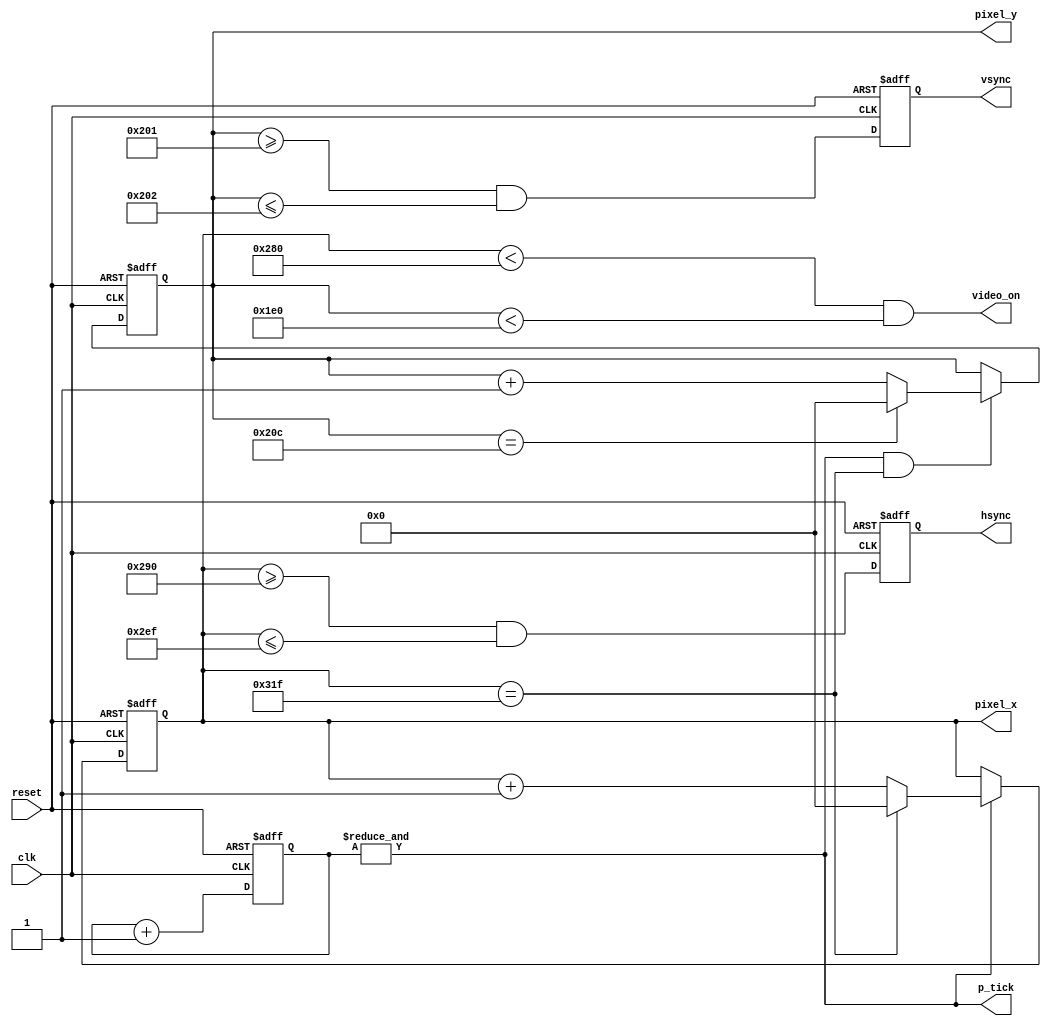
module vga_sync(
input clk, reset,
output wire hsync, vsync, video_on, p_tick,
output wire [9:0] pixel_x, pixel_y);

// constant decleration
// VGA 640-by-480 sync parameters
localparam HD = 640; // horizontal display area
localparam HF = 48; // h . front (left) border
localparam HB = 16; // h . back (right) border
localparam HR = 96; // h . retrace
localparam VD = 480; // vertical display area
localparam VF = 10; // v . front (top) border
localparam VB = 33; // v . back (bottom) border
localparam VR = 2; // v . retrace

// mod-4 counter
reg [1:0] mod4_reg;
//sync counters
reg [9:0] h_count_reg, h_count_next;
reg [9:0] v_count_reg, v_count_next;
//output buffer
reg v_sync_reg, h_sync_reg;
wire v_sync_next, h_sync_next;
//status signal
wire h_end, v_end, pixel_tick;

// body
// registers
always @(posedge clk, posedge reset)
    if (reset)
        begin
        mod4_reg <= 2'b0;
        v_count_reg <= 0;
        h_count_reg <= 0;
        v_sync_reg <= 1'b0;
        h_sync_reg <= 1'b0;
        end
    else
        begin
        mod4_reg <= mod4_reg + 1;
        v_count_reg <= v_count_next;
        h_count_reg <= h_count_next;
        v_sync_reg <= v_sync_next ;
        h_sync_reg <= h_sync_next ;
        end


//status signal
// end of horizontal counter (799)
assign h_end = (h_count_reg==(HD+HF+HB+HR-1)) ;
// end of vertical counter (524)
assign v_end = (v_count_reg==(VD+VF+VB+VR-1)) ;

//next-state logic of mod-800 horizontal sync counter
always @*
    if (p_tick) // 25 MHz pulse
        if (h_end)
            h_count_next = 0;
        else
            h_count_next = h_count_reg + 1;
    else
        h_count_next = h_count_reg;

//next-state logic of mod-525 vertical sync counter
always @*
    if (p_tick & h_end)
        if (v_end)
            v_count_next = 0;
        else
            v_count_next = v_count_reg + 1;
    else
        v_count_next = v_count_reg;

//horizontal and vertical sync, buffered to avaoid glitch
// h_svnc_next asserted between 656 and 751
assign h_sync_next = (h_count_reg>=(HD+HB) &&
                        h_count_reg<=(HD+HB+HR-1));
// vh_sync_next asserted between 490 and 491
assign v_sync_next = (v_count_reg>=(VD+VB) &&
                        v_count_reg<=(VD+VB+VR-1));
// video on/off
assign video_on = (h_count_reg<HD) && (v_count_reg<VD);

// output
assign hsync = h_sync_reg;
assign vsync = v_sync_reg;
assign pixel_x = h_count_reg;
assign pixel_y = v_count_reg;
assign p_tick = &mod4_reg;  //devide the clock by 4

endmodule